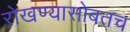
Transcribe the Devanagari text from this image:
रोखण्यासोबतच